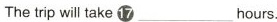
The trip will take ⑰___ hours.